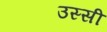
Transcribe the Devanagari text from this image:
उस्सी